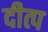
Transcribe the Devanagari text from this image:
दीत्प